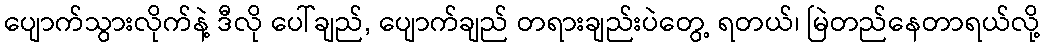
ပျောက်သွားလိုက်နဲ့ ဒီလို ပေါ်ချည်, ပျောက်ချည် တရားချည်းပဲတွေ့ ရတယ်၊ မြဲတည်နေတာရယ်လို့